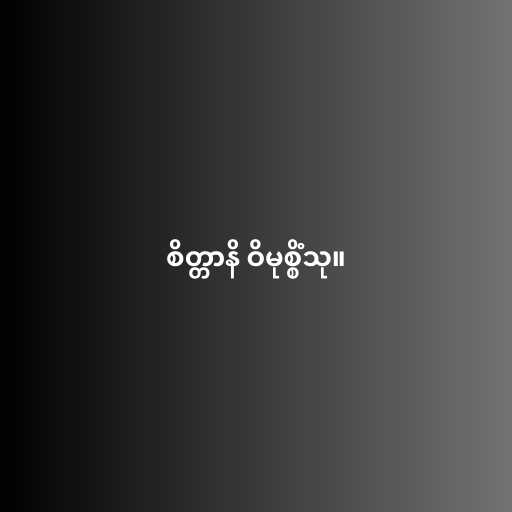
စိတ္တာနိ ဝိမုစ္စိံသု။